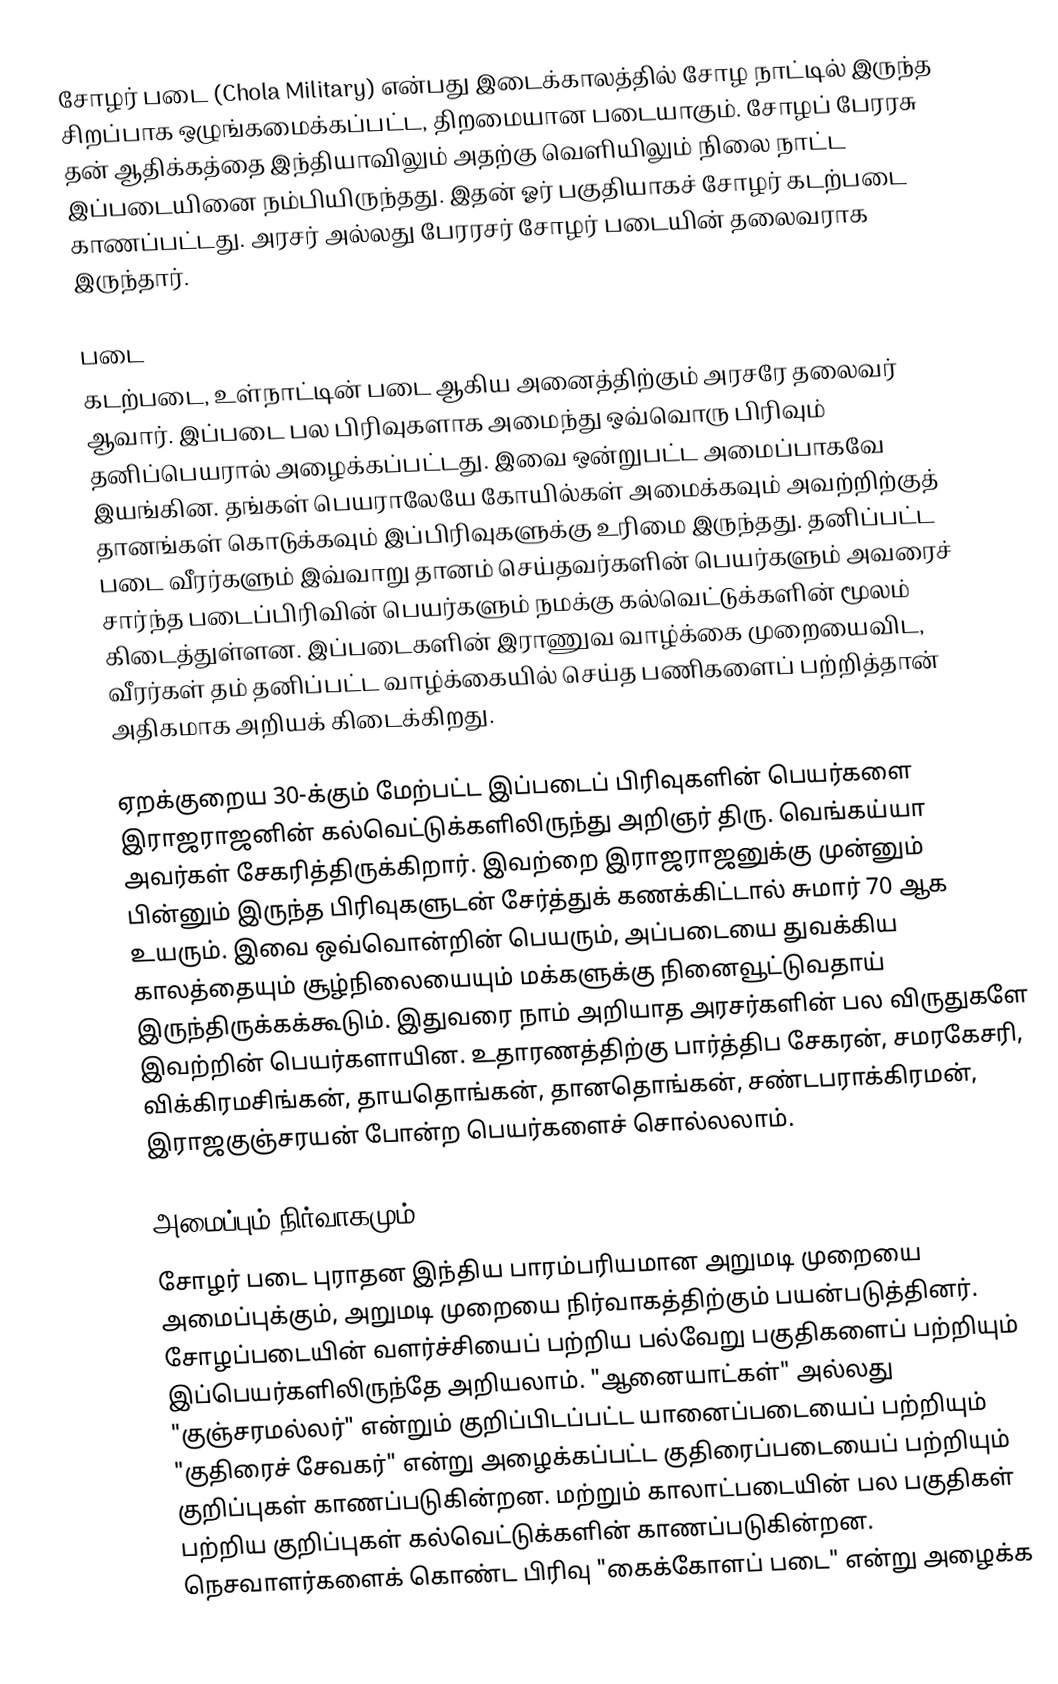
சோழர் படை (Chola Military) என்பது இடைக்காலத்தில் சோழ நாட்டில் இருந்த சிறப்பாக ஒழுங்கமைக்கப்பட்ட, திறமையான படையாகும். சோழப் பேரரசு தன் ஆதிக்கத்தை இந்தியாவிலும் அதற்கு வெளியிலும் நிலை நாட்ட இப்படையினை நம்பியிருந்தது. இதன் ஓர் பகுதியாகச் சோழர் கடற்படை காணப்பட்டது. அரசர் அல்லது பேரரசர் சோழர் படையின் தலைவராக இருந்தார்.

படை
கடற்படை, உள்நாட்டின் படை ஆகிய அனைத்திற்கும் அரசரே தலைவர் ஆவார். இப்படை பல பிரிவுகளாக அமைந்து ஒவ்வொரு பிரிவும் தனிப்பெயரால் அழைக்கப்பட்டது. இவை ஒன்றுபட்ட அமைப்பாகவே இயங்கின. தங்கள் பெயராலேயே கோயில்கள் அமைக்கவும் அவற்றிற்குத் தானங்கள் கொடுக்கவும் இப்பிரிவுகளுக்கு உரிமை இருந்தது. தனிப்பட்ட படை வீரர்களும் இவ்வாறு தானம் செய்தவர்களின் பெயர்களும் அவரைச் சார்ந்த படைப்பிரிவின் பெயர்களும் நமக்கு கல்வெட்டுக்களின் மூலம் கிடைத்துள்ளன. இப்படைகளின் இராணுவ வாழ்க்கை முறையைவிட, வீரர்கள் தம் தனிப்பட்ட வாழ்க்கையில் செய்த பணிகளைப் பற்றித்தான் அதிகமாக அறியக் கிடைக்கிறது.

ஏறக்குறைய 30-க்கும் மேற்பட்ட இப்படைப் பிரிவுகளின் பெயர்களை இராஜராஜனின் கல்வெட்டுக்களிலிருந்து அறிஞர் திரு. வெங்கய்யா அவர்கள் சேகரித்திருக்கிறார். இவற்றை இராஜராஜனுக்கு முன்னும் பின்னும் இருந்த பிரிவுகளுடன் சேர்த்துக் கணக்கிட்டால் சுமார் 70 ஆக உயரும். இவை ஒவ்வொன்றின் பெயரும், அப்படையை துவக்கிய காலத்தையும் சூழ்நிலையையும் மக்களுக்கு நினைவூட்டுவதாய் இருந்திருக்கக்கூடும். இதுவரை நாம் அறியாத அரசர்களின் பல விருதுகளே இவற்றின் பெயர்களாயின. உதாரணத்திற்கு பார்த்திப சேகரன், சமரகேசரி, விக்கிரமசிங்கன், தாயதொங்கன், தானதொங்கன், சண்டபராக்கிரமன், இராஜகுஞ்சரயன் போன்ற பெயர்களைச் சொல்லலாம்.

அமைப்பும் நிர்வாகமும்
சோழர் படை புராதன இந்திய பாரம்பரியமான அறுமடி முறையை அமைப்புக்கும், அறுமடி முறையை நிர்வாகத்திற்கும் பயன்படுத்தினர். சோழப்படையின் வளர்ச்சியைப் பற்றிய பல்வேறு பகுதிகளைப் பற்றியும் இப்பெயர்களிலிருந்தே அறியலாம். "ஆனையாட்கள்" அல்லது "குஞ்சரமல்லர்" என்றும் குறிப்பிடப்பட்ட யானைப்படையைப் பற்றியும் "குதிரைச் சேவகர்" என்று அழைக்கப்பட்ட குதிரைப்படையைப் பற்றியும் குறிப்புகள் காணப்படுகின்றன. மற்றும் காலாட்படையின் பல பகுதிகள் பற்றிய குறிப்புகள் கல்வெட்டுக்களின் காணப்படுகின்றன. நெசவாளர்களைக் கொண்ட பிரிவு "கைக்கோளப் படை" என்று அழைக்க